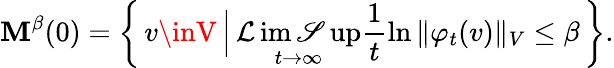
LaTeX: \mathbf{M}^{\beta}(0)=\left\{ \, v\inV\, \Big\vert\, \operatorname*{\mathcal{L}im\mathscr{S}up}_{t\to\infty}\frac{{1}}{{t}}\ln{\Vert\varphi_{t}(v)\Vert_{V}}\leq\beta\, \right\} .